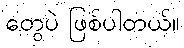
တွေပဲ ဖြစ်ပါတယ်။